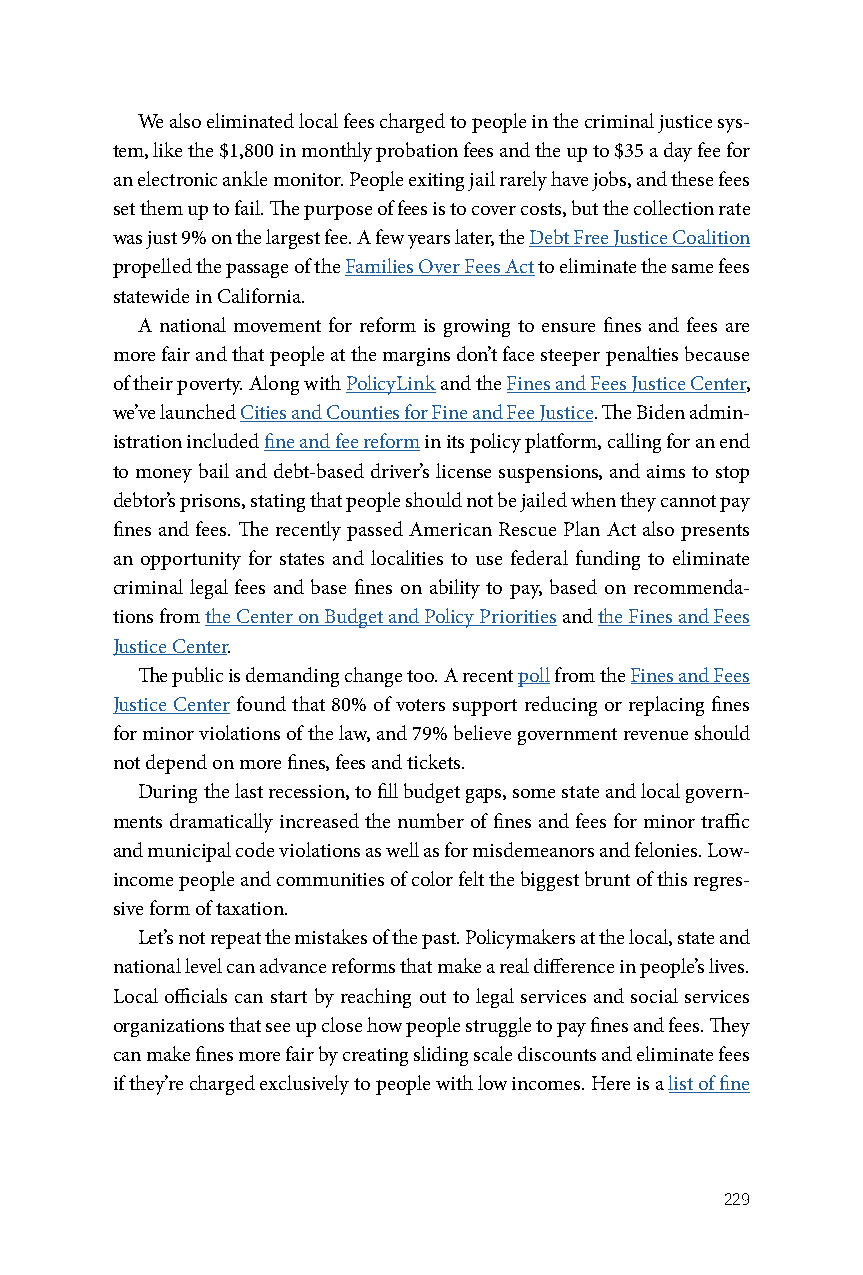
We also eliminated local fees charged to people in the criminal justice sys-
 tem, like the $1,800 in monthly probation fees and the up to $35 a day fee for
 an electronic ankle monitor. People exiting jail rarely have jobs, and these fees
 set them up to fail. The purpose of fees is to cover costs, but the collection rate
 was just 9% on the largest fee. A few years later, the Debt Free Justice Coalition
 propelled the passage of the Families Over Fees Act to eliminate the same fees
 statewide in California.
 A national movement for reform is growing to ensure fines and fees are
 more fair and that people at the margins don’t face steeper penalties because
 of their poverty. Along with PolicyLink and the Fines and Fees Justice Center,
 we’ve launched Cities and Counties for Fine and Fee Justice. The Biden admin-
 istration included fine and fee reform in its policy platform, calling for an end
 to money bail and debt-based driver’s license suspensions, and aims to stop
 debtor’s prisons, stating that people should not be jailed when they cannot pay
 fines and fees. The recently passed American Rescue Plan Act also presents
 an opportunity for states and localities to use federal funding to eliminate
 criminal legal fees and base fines on ability to pay, based on recommenda-
 tions from the Center on Budget and Policy Priorities and the Fines and Fees
 Justice Center.
 The public is demanding change too. A recent poll from the Fines and Fees
 Justice Center found that 80% of voters support reducing or replacing fines
 for minor violations of the law, and 79% believe government revenue should
 not depend on more fines, fees and tickets.
 During the last recession, to fill budget gaps, some state and local govern-
 ments dramatically increased the number of fines and fees for minor traffic
 and municipal code violations as well as for misdemeanors and felonies. Low-
 income people and communities of color felt the biggest brunt of this regres-
 sive form of taxation.
 Let’s not repeat the mistakes of the past. Policymakers at the local, state and
 national level can advance reforms that make a real difference in people’s lives.
 Local officials can start by reaching out to legal services and social services
 organizations that see up close how people struggle to pay fines and fees. They
 can make fines more fair by creating sliding scale discounts and eliminate fees
 if they’re charged exclusively to people with low incomes. Here is a list of fine
 229